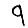
Digit: 9